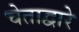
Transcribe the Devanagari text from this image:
चेताद्वारे